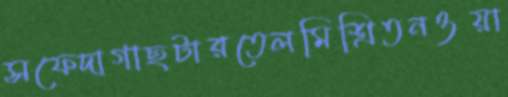
সফেদাগাছটারতেলমিশ্রিতনওয়া